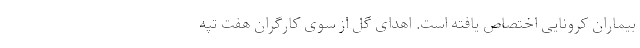
بیماران کرونایی اختصاص یافته است. اهدای گل از سوی کارگران هفت تپه